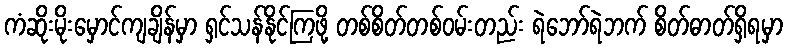
ကံဆိုးမိုးမှောင်ကျချိန်မှာ ရှင်သန်နိုင်ကြဖို့ တစ်စိတ်တစ်ဝမ်းတည်း ရဲဘော်ရဲဘက် စိတ်ဓာတ်ရှိရမှာ